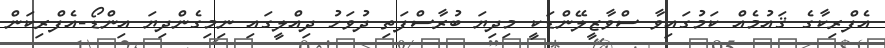
އެފްރިކާގެ ޤައުމެއް ކަމުގައިވާ ސްވާޒީލޭންޑަކީ މިދިޔަ ބުރާސްފަތި ދުވަހު ދިއްލީގައި ނިމިގެންދިޔަ އިންޑޯ-އެފްރިކަން